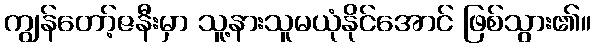
ကျွန်တော့်ဇနီးမှာ သူ့နားသူမယုံနိုင်အောင် ဖြစ်သွား၏။